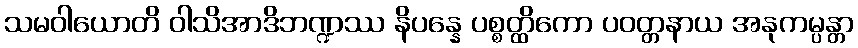
သမဝါယောတိ ဝါသိအာဒိဘဏ္ဍဿ နိပန္နေ ပစ္စတ္ထိကော ပဝတ္တနာယ အနုကမ္ပန္တာ